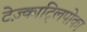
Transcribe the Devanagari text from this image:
टेज़्काट्लिपोका